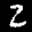
Label: 2